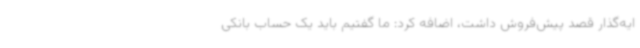
ایه‌گذار قصد پیش‌فروش داشت، اضافه کرد: ما گفتیم باید یک حساب بانکی